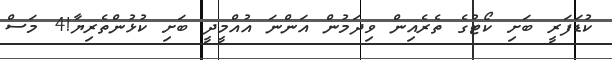
ކުޑަފަރީ ބަށި ކޯޓުގެ ތެރެއިން ވިދަމުން އަންނަ އުއްމީދީ ބަށި ކުޅުންތެރިޔާ!4 މަސް